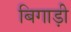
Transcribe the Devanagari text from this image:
बिगाड़ी